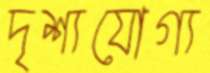
দৃশ্যযোগ্য